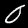
Label: 0